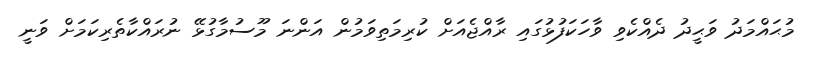
މުޙައްމަދު ވަޙީދު ދެއްކެވި ވާހަކަފުޅުގައި ރާއްޖެއަށް ކުރިމަތިވަމުން އަންނަ މޫސުމާގުޅޭ ނުރައްކާތެރިކަމަށް ވަނީ